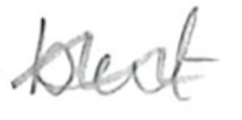
Text: but
Cross-out: wave
Writing tool: pencil